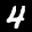
Label: 4